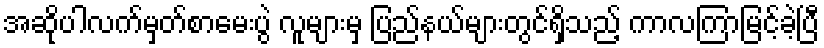
အဆိုပါလက်မှတ်စာမေးပွဲ လူများမှ ပြည်နယ်များတွင်ရှိသည့် ကာလကြာမြင့်ခဲ့ပြီ